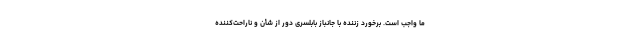
ما واجب است. برخورد زننده با جانباز بابلسری دور از شأن و ناراحت‌کننده